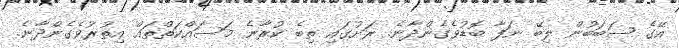
އޭގެ ސަބަބުން ލިބޭ ނަފާ ބޮޑުވެގެންދާނެ. ރަށުގައި ތިބެ ކުރާނެ މަސައްކަތްތައް އިތުރުވެގެންދާނެ.